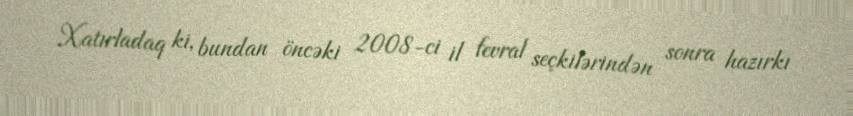
Xatırladaq ki, bundan öncəki 2008-ci il fevral seçkilərindən sonra hazırkı